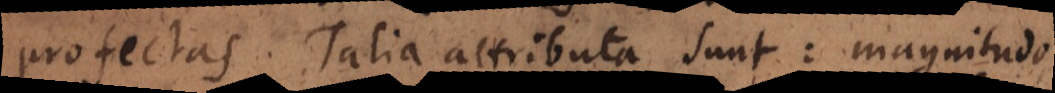
profectas. Talia attributa sunt: magnitudo,